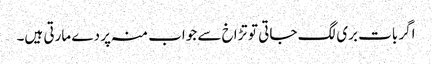
اگر بات بری لگ جاتی تو تڑاخ سے جواب منہ پر دے مارتی ہیں۔